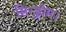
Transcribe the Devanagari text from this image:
सिन्ड्रोम।